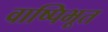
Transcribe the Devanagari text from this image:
वाष्पिभूत